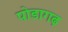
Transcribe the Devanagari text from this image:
पोडागढ़